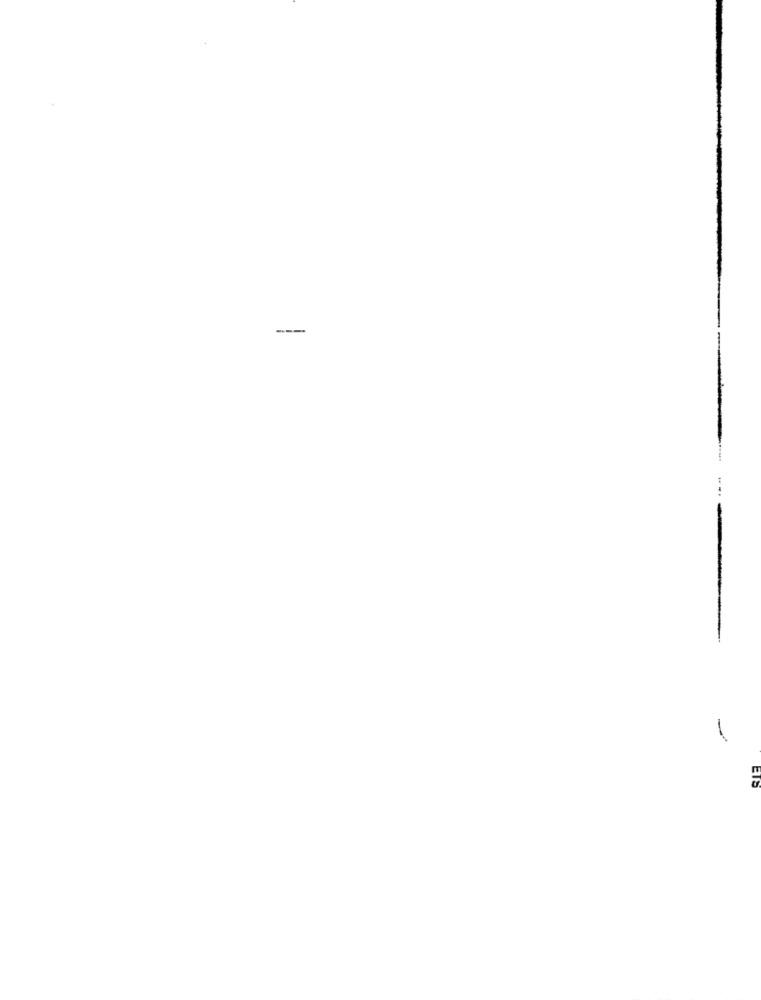
---